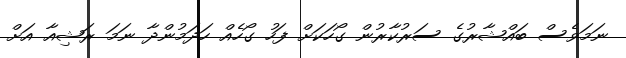
ނަމަވެސް ބައްޝާރުގެ ސަރުކާރުން ގޯހަކަށް ފަހު ގޯހެއް ހަދަމުންދާ ނަމަ ރަޝިއާ އަށް